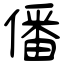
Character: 僠